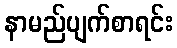
နာမည်ပျက်စာရင်း